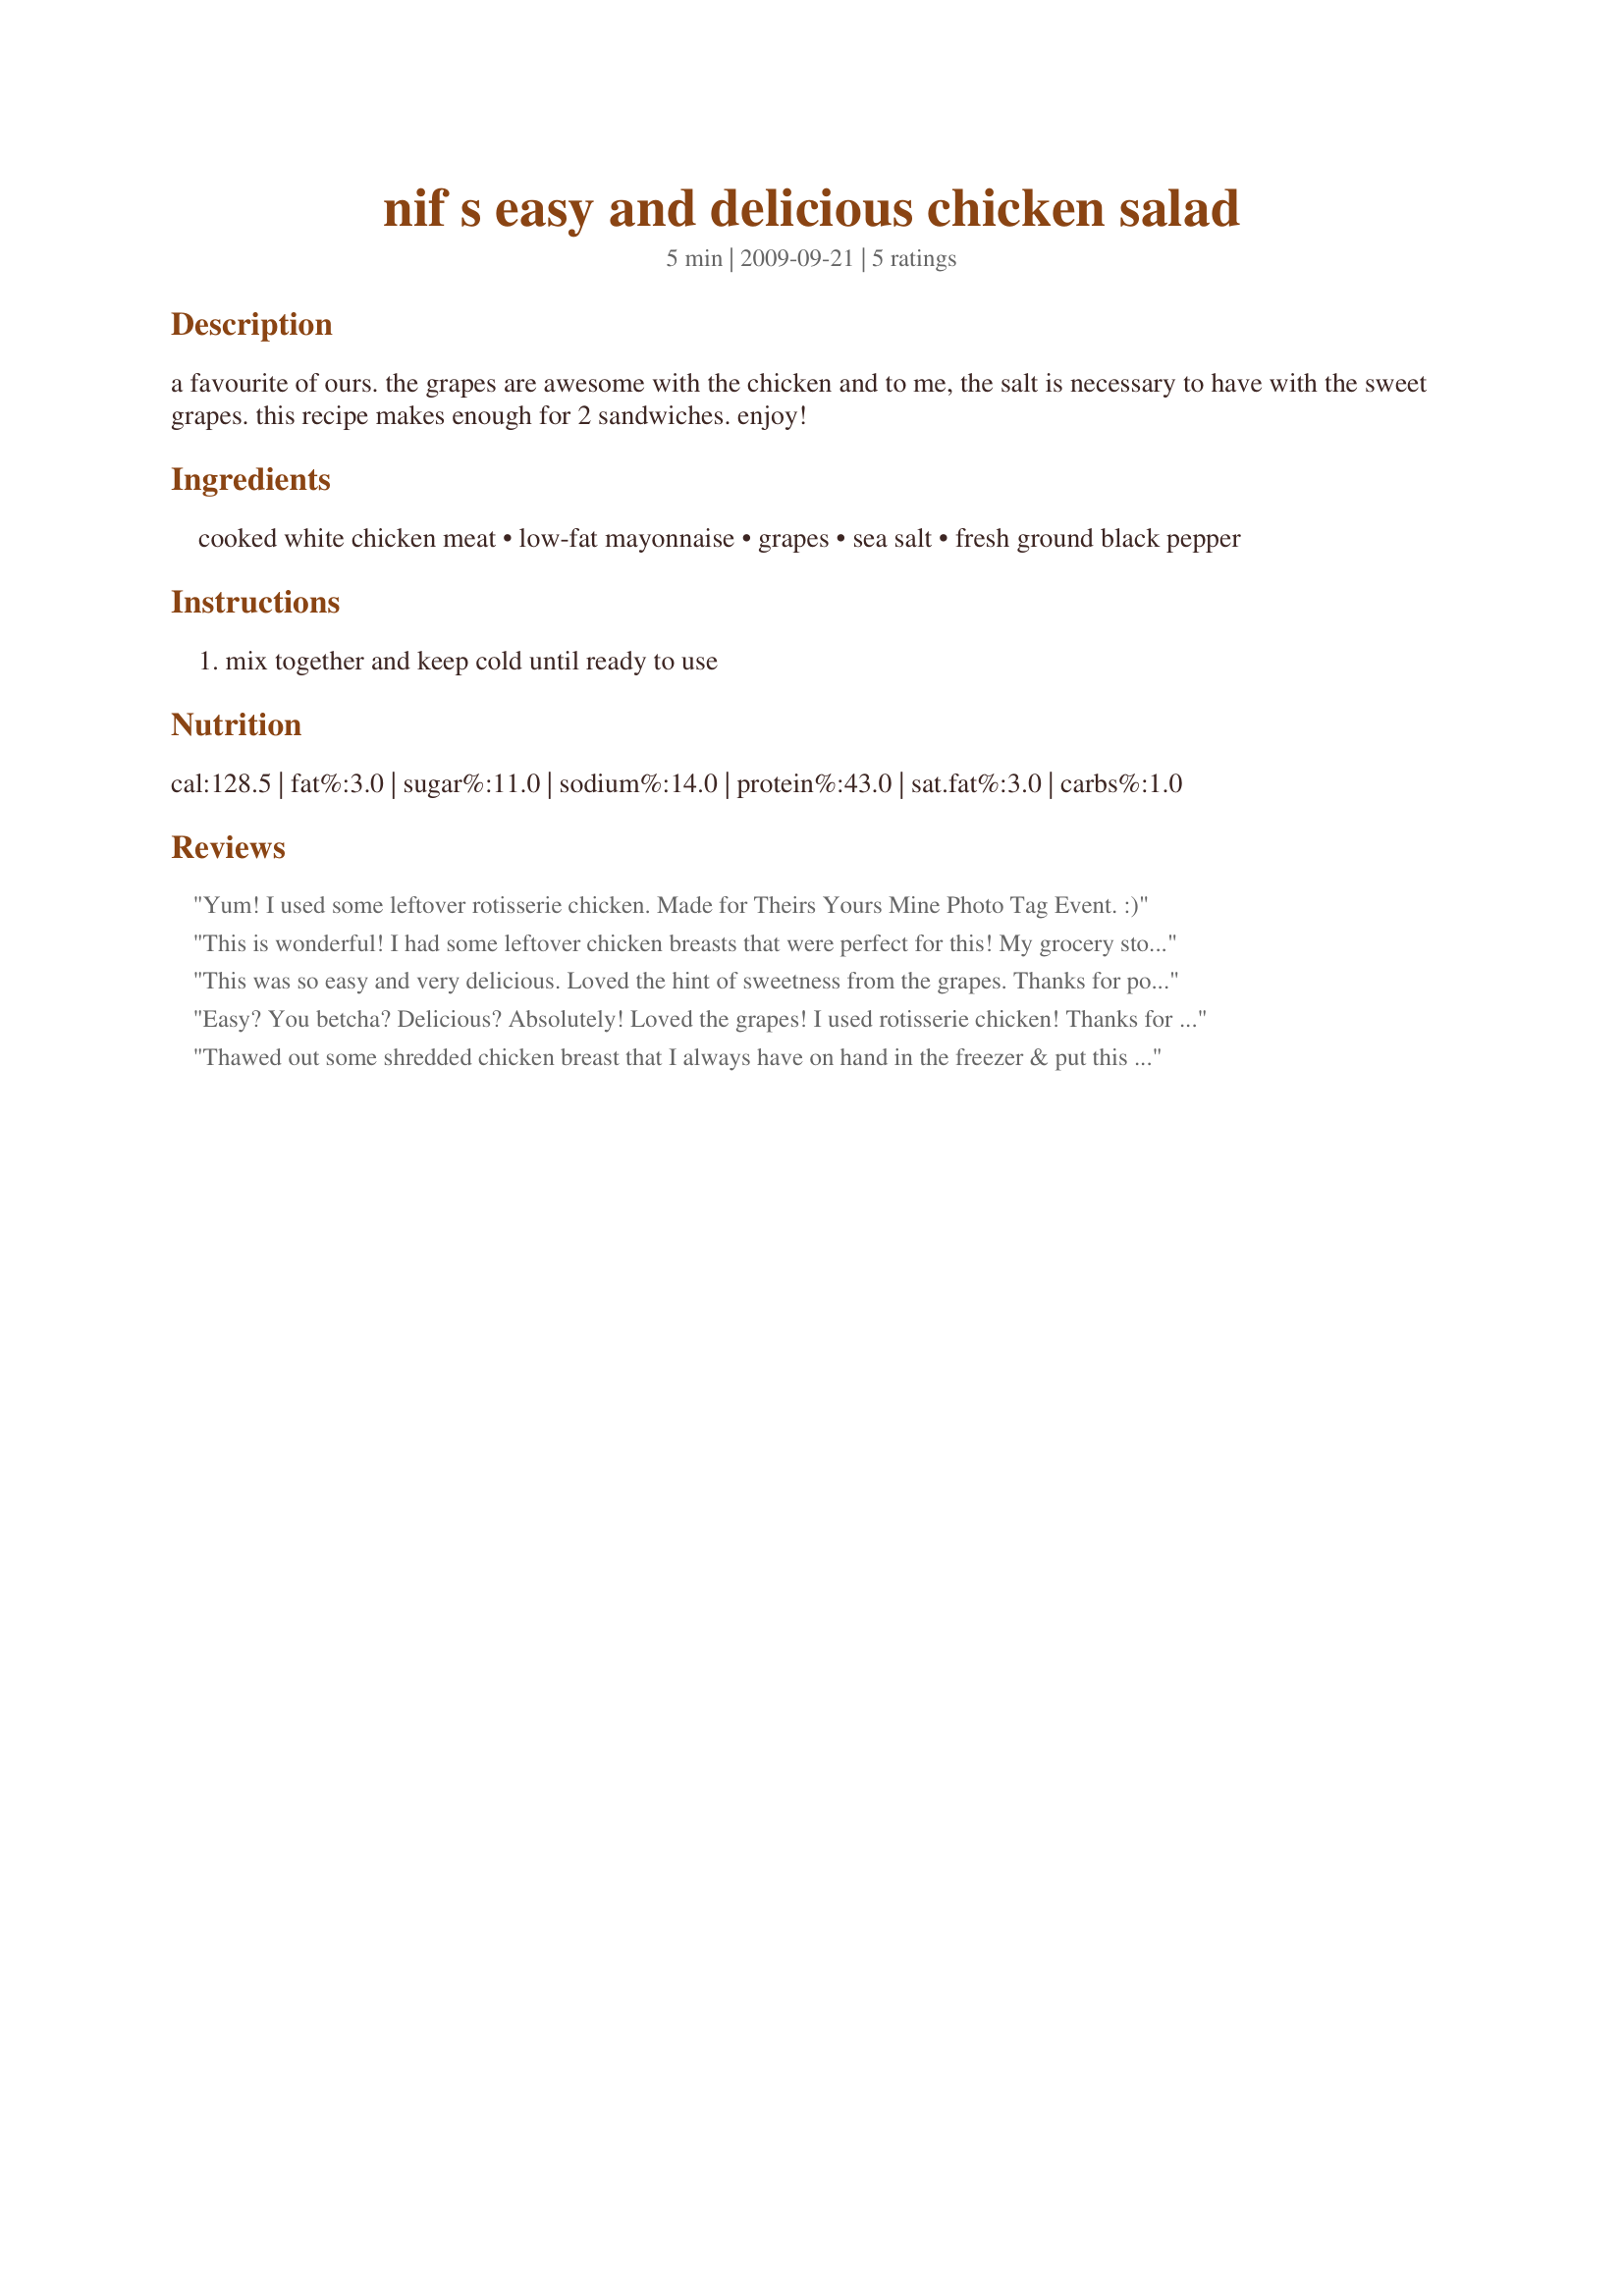
nif s easy and delicious chicken salad
Preparation time: 5 minutes

a favourite of ours. the grapes are awesome with the chicken and to me, the salt is necessary to have with the sweet grapes. this recipe makes enough for 2 sandwiches. enjoy!

Ingredients:
cooked white chicken meat, low-fat mayonnaise, grapes, sea salt, fresh ground black pepper

Steps:
mix together and keep cold until ready to use

Reviews:
Yum! I used some leftover rotisserie chicken. Made for Theirs Yours Mine Photo Tag Event. :)
This is wonderful! I had some leftover chicken breasts that were perfect for this! My grocery store didn't have any grapes, so I chose chopped apples instead. What great flavors! I will try with the grapes when I can find them. Thanks so much Nif for sharing! Made for Chef's Pick forum even at KK.
This was so easy and very delicious. Loved the hint of sweetness from the grapes. Thanks for posting this Nif! Made for Went to Market Tag!
Easy? You betcha? Delicious? Absolutely! Loved the grapes! I used rotisserie chicken! Thanks for posting! This is sure to be a lunchtime fave from now on! Made for Holiday Tag January 2010!
Thawed out some shredded chicken breast that I always have on hand in the freezer & put this together with seedless red grapes before bundling it up in a couple of tortilla wraps for a wonderful tasting lunch! Great taste! Easy prep! [Made & reviewed in Went to the Market tag]
